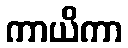
ကာယိကာ